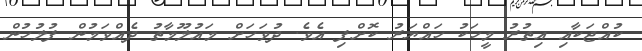
ކުއްޖަކާއި އިތުރު މީހަކު ހައްޔަރު ކޮށްފި އެވެ. ދުވަހަށް މައުލޫމާތު ދެއްވަމުން ފުލުހުން